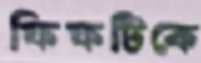
ফিফটিকে